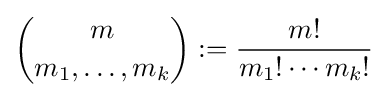
{m \choose m_{1},\ldots ,m_{k}}:={\frac {m!}{m_{1}!\cdots m_{k}!}}